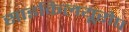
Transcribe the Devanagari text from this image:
साइकिलयूरोप